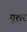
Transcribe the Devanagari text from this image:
यूशर